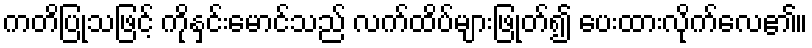
ကတိပြုသဖြင့် ကိုနှင်းမောင်သည် လက်ထိပ်များဖြုတ်၍ ပေးထားလိုက်လေ၏။